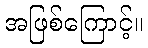
အဖြစ်ကြောင့်။